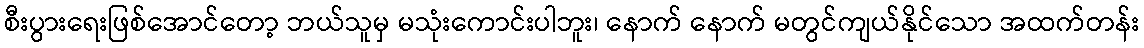
စီးပွားရေးဖြစ်အောင်တော့ ဘယ်သူမှ မသုံးကောင်းပါဘူး၊ နောက် နောက် မတွင်ကျယ်နိုင်သော အထက်တန်း